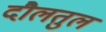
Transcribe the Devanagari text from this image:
दौलतुल